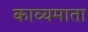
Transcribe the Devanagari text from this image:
काव्यमाता